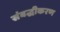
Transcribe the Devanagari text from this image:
संबद्धीकरण